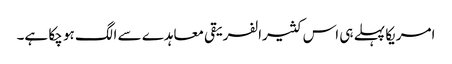
امریکا پہلے ہی اس کثیرالفریقی معاہدے سے الگ ہو چکا ہے۔